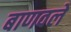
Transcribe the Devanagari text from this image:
बाणवले